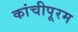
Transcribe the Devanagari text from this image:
कांचीपूरम